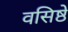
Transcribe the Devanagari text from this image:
वसिष्ठे